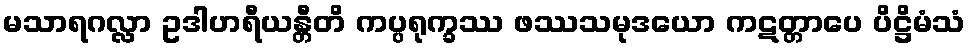
မသာရဂလ္လာ ဥဒါဟရီယန္တီတိ ကပ္ပရုက္ခဿ ဖဿသမုဒယော ကဋတ္တာပေ ပိဋ္ဌိမံသံ